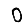
Digit: 0